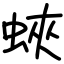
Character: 蛺